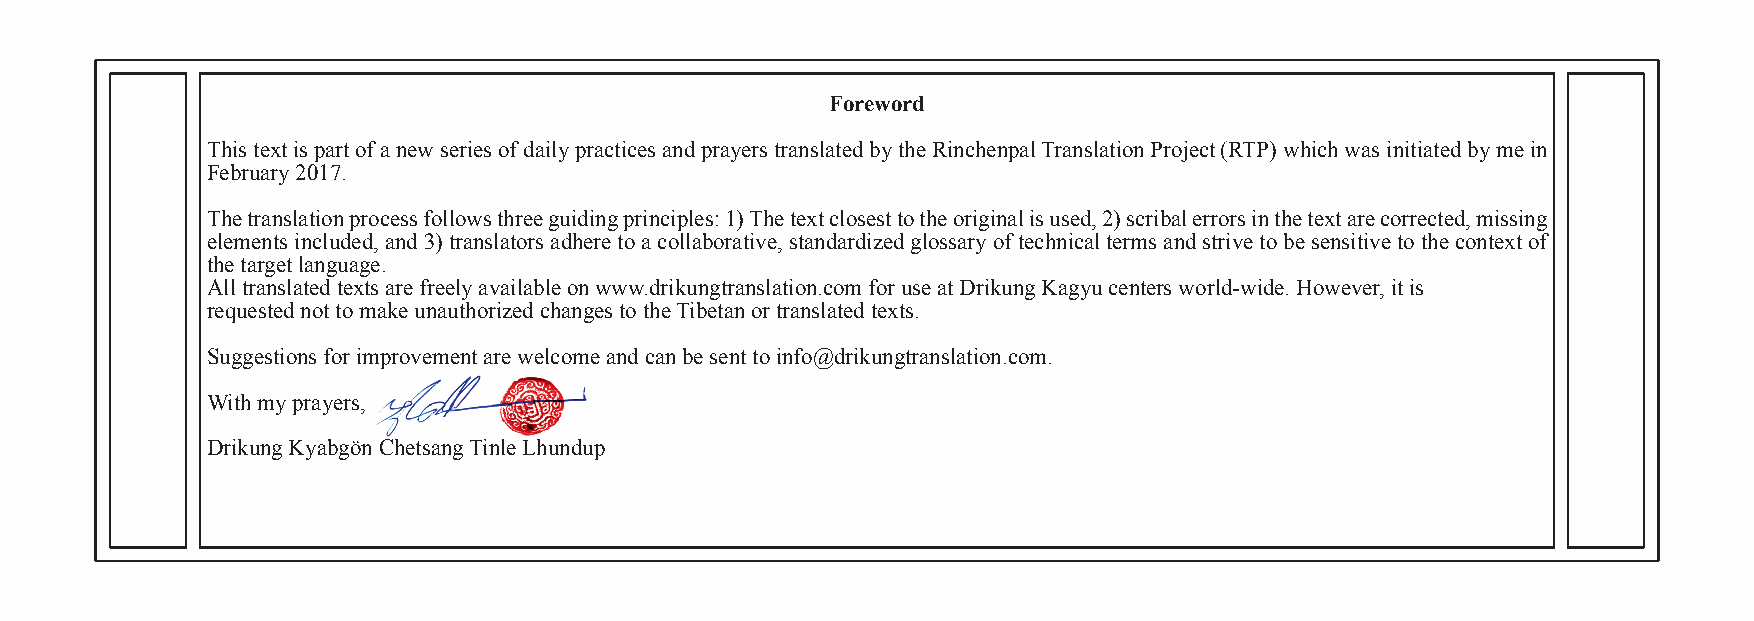
Foreword
 This text is part of a new series of daily practices and prayers translated by the Rinchenpal Translation Project (RTP) which was initiated by me in
 February 2017.
 The translation process follows three guiding principles: 1) The text closest to the original is used, 2) scribal errors in the text are corrected, missing
 elements included, and 3) translators adhere to a collaborative, standardized glossary of technical terms and strive to be sensitive to the context of
 the target language.
 All translated texts are freely available on www.drikungtranslation.com for use at Drikung Kagyu centers world-wide. However, it is
 requested not to make unauthorized changes to the Tibetan or translated texts.
 Suggestions for improvement are welcome and can be sent to info@drikungtranslation.com.
 With my prayers,
 Drikung Kyabgön Chetsang Tinle Lhundup